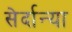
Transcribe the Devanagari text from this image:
सेर्दान्या